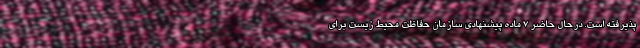
پذیرفته است. درحال حاضر ۷ ماده پیشنهادی سازمان حفاظت محیط زیست برای